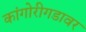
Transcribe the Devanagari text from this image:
कांगोरीगडावर